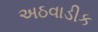
અઠવાડીક